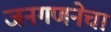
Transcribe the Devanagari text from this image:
जनगणनेचा